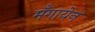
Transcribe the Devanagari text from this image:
मँगायेन